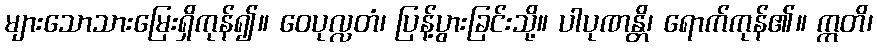
များသောသားမြေးရှိကုန်၍။ ဝေပုလ္လတံ၊ ပြန့်ပွားခြင်းသို့။ ပါပုဏန္တိ၊ ရောက်ကုန်၏။ ဣတိ၊